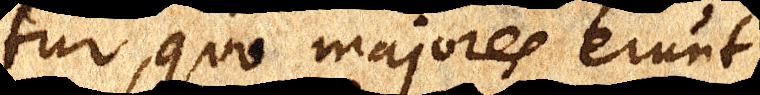
tur, quo majores erunt,